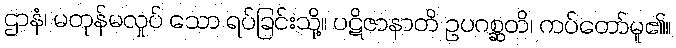
ဌာနံ၊ မတုန်မလှုပ် သော ရပ်ခြင်းသို့။ ပဋိဇာနာတိ ဥပဂစ္ဆတိ၊ ကပ်တော်မူ၏။